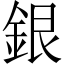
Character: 銀